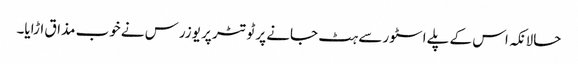
حالانکہ اس کے پلے اسٹور سے ہٹ جانے پر ٹوتٹر پر یوزرس نے خوب مذاق اڑایا۔